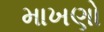
માખણો